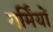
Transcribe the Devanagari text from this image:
गर्मिंयों